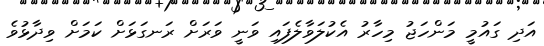
އަދި ގައުމީ މަންހަޖު މިހާރު އެކުލަވާލެފައި ވަނީ ވަރަށް ރަނގަޅަށް ކަމަށް ވިދާޅުވެ